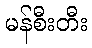
မန်စီးတီး